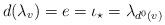
LaTeX: \begin{align*}d(\lambda_v) = e = \iota_{\star} = \lambda_{d^0(v)} \end{align*}